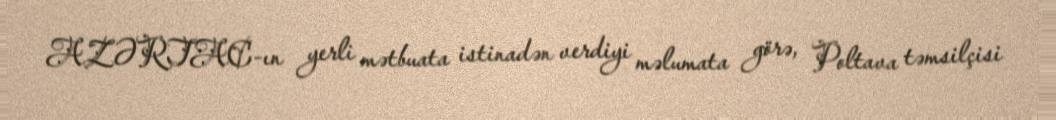
AZƏRTAC-ın yerli mətbuata istinadən verdiyi məlumata görə, Poltava təmsilçisi